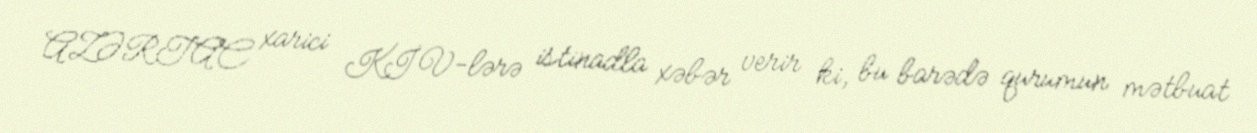
AZƏRTAC xarici KİV-lərə istinadla xəbər verir ki, bu barədə qurumun mətbuat